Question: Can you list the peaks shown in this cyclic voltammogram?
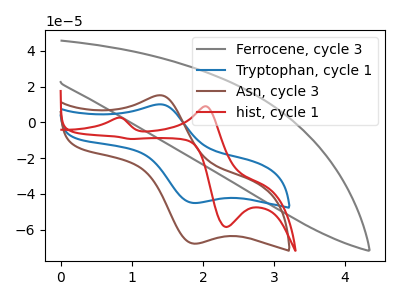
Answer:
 <answer>The gray curve "Ferrocene, cycle 3" has no peaks. The blue curve "Tryptophan, cycle 1" has an anodic peak at (1.40V, 10.05uA) and a cathodic peak at (1.85V, -45.15uA). The brown curve "Asn, cycle 3" has an anodic peak at (1.40V, 15.15uA) and a cathodic peak at (1.85V, -67.90uA). The red curve "hist, cycle 1" has anodic peaks at (0.80V, 2.55uA) (2.05V, 9.00uA) and cathodic peaks at (2.35V, -58.60uA) (1.00V, -9.30uA).</answer>
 <eval></eval>